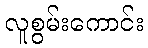
လူစွမ်းကောင်း